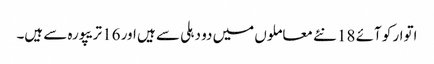
اتوار کو آئے 18 نئے معاملوں میں دو دہلی سے ہیں اور 16 تریپورہ سے ہیں۔